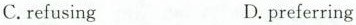
C.refusing D.preferring